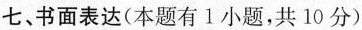
七、书面表达(本题有1小题,共 10 分)